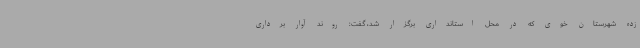
زده شهرستان خوی که در محل استانداری برگزار شد، گفت: روند آوار برداری